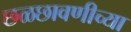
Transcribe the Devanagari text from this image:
छळछावणीच्या